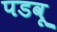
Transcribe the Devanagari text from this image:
पडवू